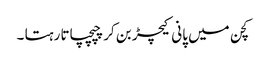
کچن میں پانی کیچڑ بن کر چپچپاتا رہتا ۔